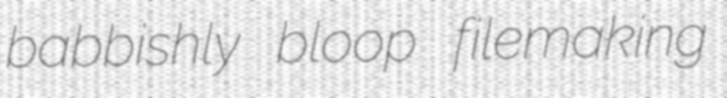
babbishly bloop filemaking